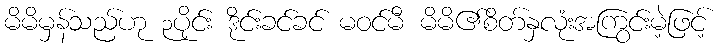
မိမိမှန်သည်ဟု ၃ပိုင်း ဒိုင်းခင်ခင် မဝင်မီ မိမိ၏စိတ်နှလုံးအကြွင်းမဲ့ဖြင့်